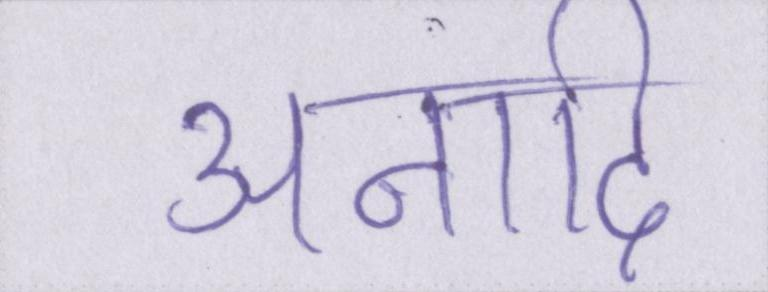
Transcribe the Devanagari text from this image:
अनादि